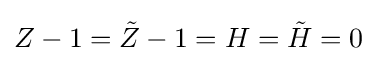
Z-1={\tilde {Z}}-1=H={\tilde {H}}=0